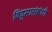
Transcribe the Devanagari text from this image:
विद्रुमासंबंधी